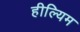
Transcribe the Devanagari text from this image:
हील्यिम